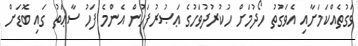
ވަގުތެއްކަމަށާއި އެވަގުތު ހޯދުމަށް ހުކުރުދުވަހުގެ ޢަޞުރުފަހުން އެންމެ ފަހު ސާޢަތު ގައި ބޮޑަށް